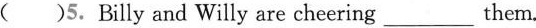
( )5.Billy and Willy are cheering___them.